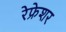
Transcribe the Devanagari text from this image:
रेफ्रेशर